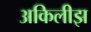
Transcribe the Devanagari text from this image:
अकिलीझ